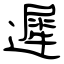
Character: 遲